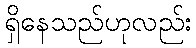
ရှိနေသည်ဟုလည်း